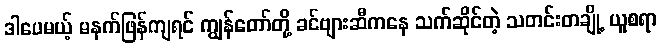
ဒါပေမယ့် မနက်ဖြန်ကျရင် ကျွန်တော်တို့ ခင်ဗျားဆီကနေ သက်ဆိုင်တဲ့ သတင်းတချို့ ယူစရာ